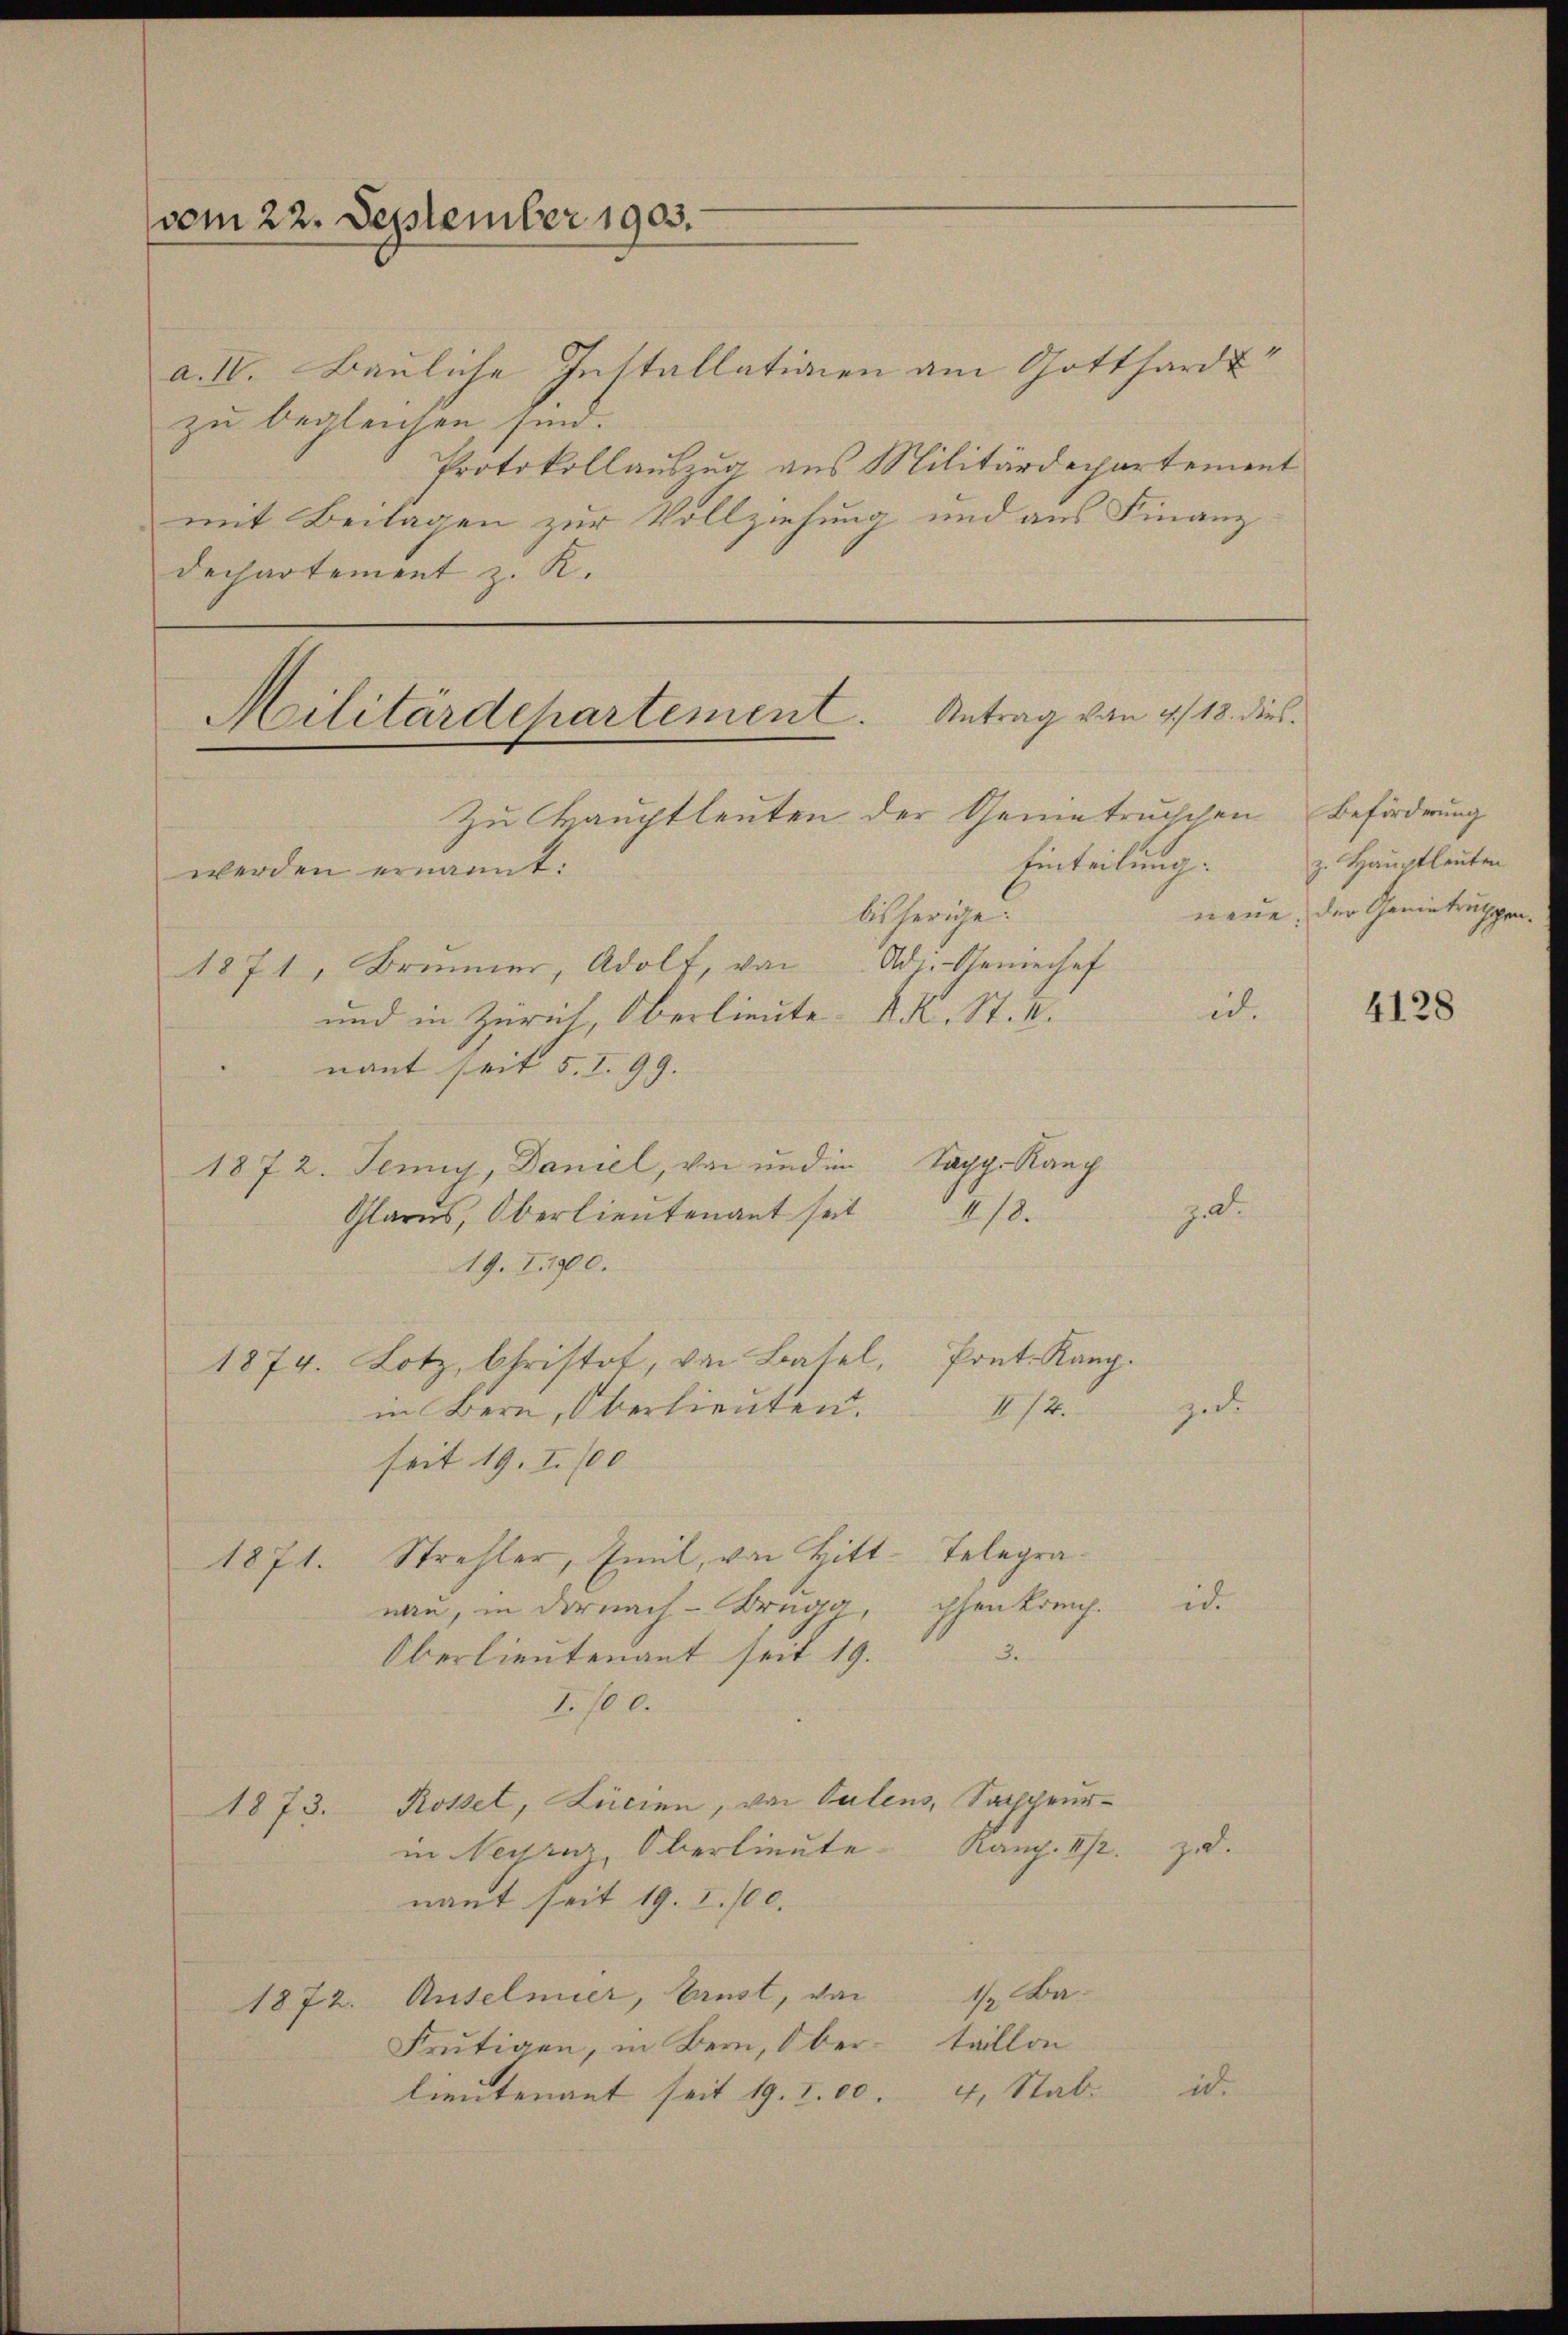
vom 22. September 1903.

a. IV. Bauliche Installationen am Gotthardt
zu begleichen, sind.
Protokollauszug aus Militärdepartement
mit Beilagen zur Vollziehung und aus Finanz
Dechartement z. K.

Militärdepartement. Antrag von 4/18. dies
Zu Hauptleuten der Genietruschen Beförderung

werden ernannt:
bisherige.
Ad. Geniechef
1871, Brunner, Adolf, von
und in Zürich, Oberlieute K. K. St. V.
nant seit 5. I. 99. |
Sacp. Rang
1872. Jenny, Daniel, von und in
Glarus, Oberlieŭtenant seit 418.
19. I. 1900.
Pont. Kanz.
1874. Lotz, Christot, von Basel,
I/4.
in Bern, Oberlieuten.
seit 19. I. 100
Telegra¬
Strehler, Emil, von Bitt¬
1871.
nan, in darnach - Brugg phenkreich.
3.
Oberlieutenant seit 19.
I. 10 l.
Rossel, Licien, von Valens, Sacheur¬
1873.
Kamp. 22.
in Neyrer Oberlieute.
nant seit 19. 2. 100.
1o. An
Anselmier, Ernst, von
1872.
Frutigen, in Bern, Ober- taillon
lieutenant seit 19. I. 00. 4, Stat.

Einteilung z. Hauptleuten
neue, der Genietruppen¬

1

z.

zu

i.

“

4128